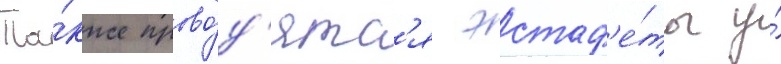
Та́кже прово́д'ятс'я эстаф'е́ты у́